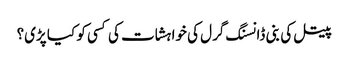
پیتل کی بنی ڈانسنگ گرل کی خواہشات کی کسی کو کیا پڑی؟